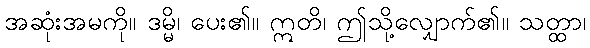
အဆုံးအမကို။ ဒမ္မိ၊ ပေး၏။ ဣတိ၊ ဤသို့လျှောက်၏။ သတ္ထာ၊